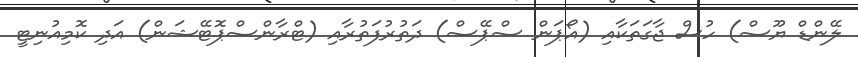
ލޭންޑް ޔޫސް) ހުސް ޖާގަތަކާއި (އޯޕަން ސްޕޭސް) ދަތުރުފަތުރާއި (ޓްރާންސްޕޮޓޭޝަން) އަދި ކޮމިއުނިޓީ